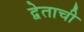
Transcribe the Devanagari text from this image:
द्वेताची